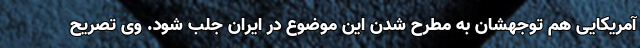
آمریکایی هم توجهشان به مطرح شدن این موضوع در ایران جلب شود. وی تصریح